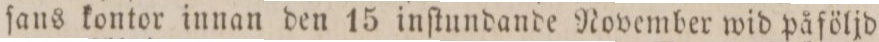
ſans kontor innan den 15 inſtundande November wid påföljd